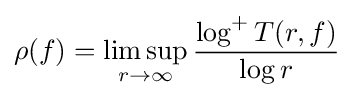
\rho (f)=\limsup _{r\rightarrow \infty }{\dfrac {\log ^{+}T(r,f)}{\log r}}